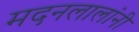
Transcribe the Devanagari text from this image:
मदनलालांनी